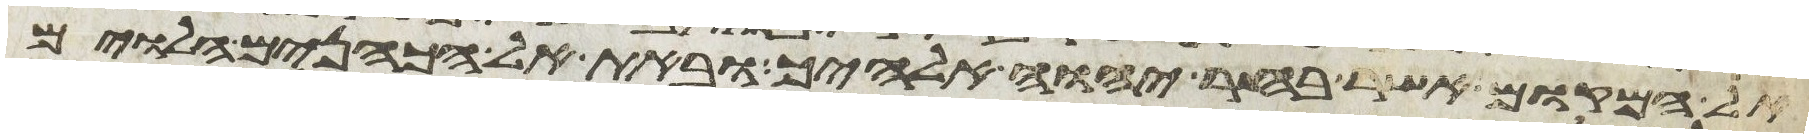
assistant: אל המקום אשר בחר יהוה אלהיך ובאת אל הכהנים הלוים